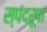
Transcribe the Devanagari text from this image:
स्पंदरूपा